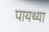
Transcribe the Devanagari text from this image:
पायथ्या